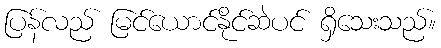
ပြန်လည် မြင်ယောင်နိုင်ဆဲပင် ရှိသေးသည်။